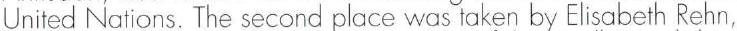
United Nations. The second place was taken by Elisabeth Rehn,